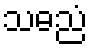
သဓညံ